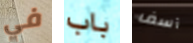
في باب آسف